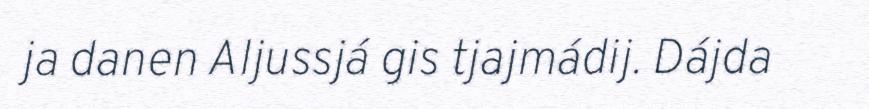
ja danen Aljussjá gis tjajmádij. Dájda